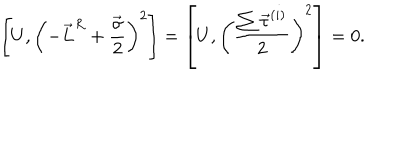
\left[ U , \left( - \vec { L } ^ { R } + \frac { \vec { \sigma } } { 2 } \right) ^ { 2 } \right] = \left[ U , \left( \frac { \sum \vec { \tau } ^ { ( i ) } } { 2 } \right) ^ { 2 } \right] = 0 .